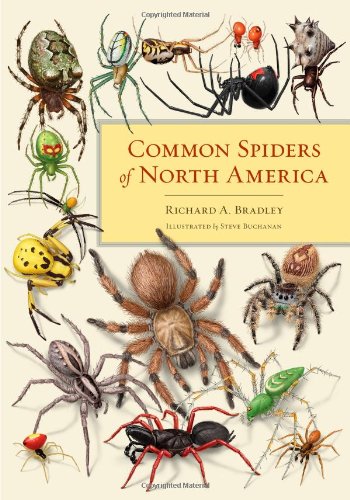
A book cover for Common Spiders of North America; Richard A. Bradley; Science & Math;